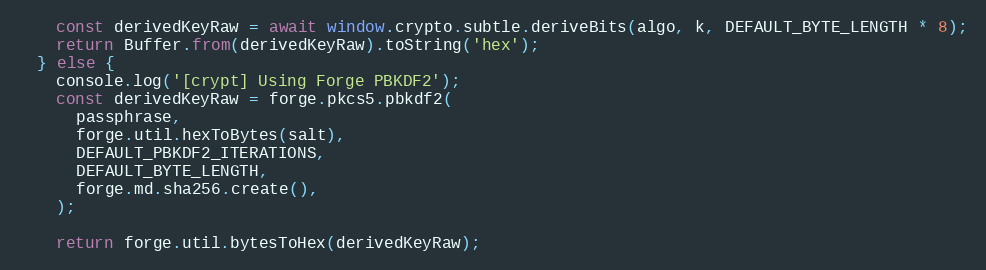
Language: JavaScript
    const derivedKeyRaw = await window.crypto.subtle.deriveBits(algo, k, DEFAULT_BYTE_LENGTH * 8);
    return Buffer.from(derivedKeyRaw).toString('hex');
  } else {
    console.log('[crypt] Using Forge PBKDF2');
    const derivedKeyRaw = forge.pkcs5.pbkdf2(
      passphrase,
      forge.util.hexToBytes(salt),
      DEFAULT_PBKDF2_ITERATIONS,
      DEFAULT_BYTE_LENGTH,
      forge.md.sha256.create(),
    );

    return forge.util.bytesToHex(derivedKeyRaw);